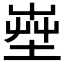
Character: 𡴠